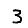
Digit: 3